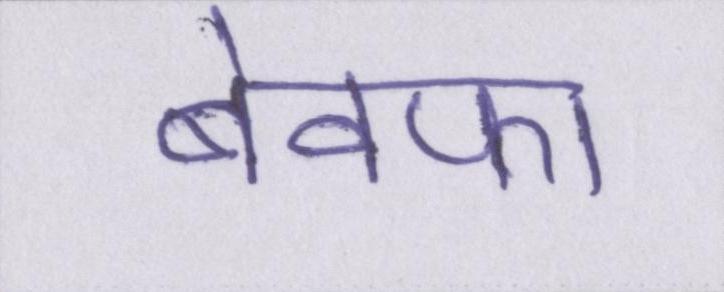
बेवफा